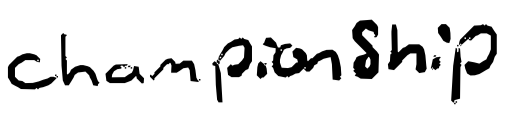
Text: championship
Cross-out: clean
Writing tool: digital_black